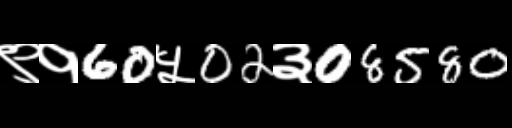
Text: ९१60५02३08580